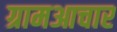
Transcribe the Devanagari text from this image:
ग्रामआचार